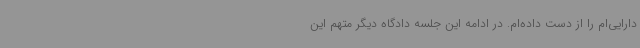
دارایی‌ام را از دست داده‌ام. در ادامه این جلسه دادگاه دیگر متهم این